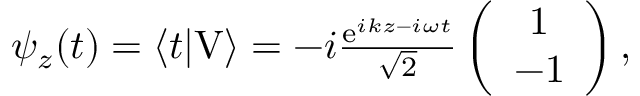
\begin{array} { r } { \psi _ { z } ( t ) = \langle t | \mathrm { V } \rangle = - i \frac { \mathrm { e } ^ { i k z - i \omega t } } { \sqrt { 2 } } \left( \begin{array} { c } { 1 } \\ { - 1 } \end{array} \right) , } \end{array}